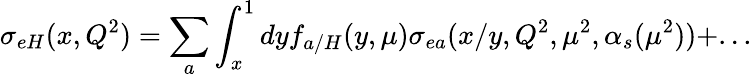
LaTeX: \sigma_{eH}(x,Q^{2})=\sum_{a}\int_{x}^{1}dyf_{a/H}(y,\mu)\sigma_{ea}(x/y,Q^{2},\mu^{2},\alpha_{s}(\mu^{2}))+...